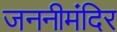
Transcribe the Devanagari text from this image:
जननीमंदिर